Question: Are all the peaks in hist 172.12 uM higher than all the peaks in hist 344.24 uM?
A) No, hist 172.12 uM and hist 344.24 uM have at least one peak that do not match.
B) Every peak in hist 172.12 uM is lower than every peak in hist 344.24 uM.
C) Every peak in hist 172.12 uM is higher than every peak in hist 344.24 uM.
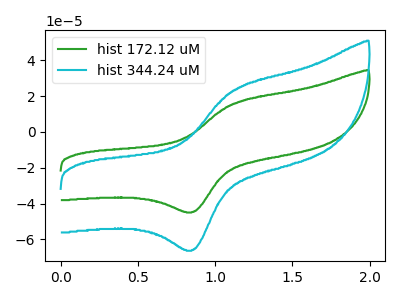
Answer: <think>The green curve "hist 172.12 uM" has an anodic peak at (1.10V, 15.75uA) and a cathodic peak at (0.85V, -44.70uA). The cyan curve "hist 344.24 uM" has an anodic peak at (1.10V, 23.20uA) and a cathodic peak at (0.85V, -65.85uA).</think>
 <answer>B) Every peak in "hist 172.12 uM" is lower than every peak in "hist 344.24 uM".</answer>
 <eval>B</eval>